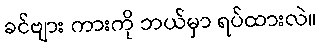
ခင်ဗျား ကားကို ဘယ်မှာ ရပ်ထားလဲ။